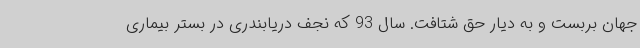
جهان بربست و به دیار حق شتافت. سال 93 که نجف دریابندری در بستر بیماری